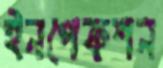
ইনপেকশন